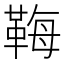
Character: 𩊱